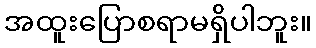
အထူးပြောစရာမရှိပါဘူး။